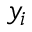
y _ { i }